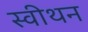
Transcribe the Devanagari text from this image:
स्वीथन